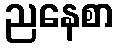
ညနေစာ